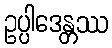
ဥပ္ပါဒေန္တဿ